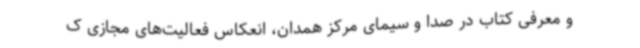
و معرفی کتاب در صدا و سیمای مرکز همدان، انعکاس فعالیت‌های مجازی ک